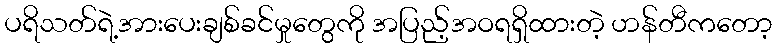
ပရိသတ်ရဲ့အားပေးချစ်ခင်မှုတွေကို အပြည့်အဝရရှိထားတဲ့ ဟန်တီကတော့